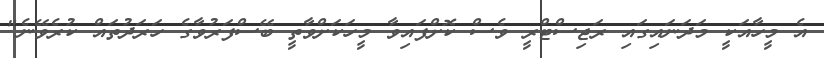
އެ މީހާއަކީ މަދަނައިގައި ރަޖިސްޓްރީ ވެސް ކޮށްފައިވާ މީހަކަށްވާތީ ބޭސްފަރުވާގެ ހަރަދުތައް ކުރެވޭނެ"